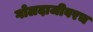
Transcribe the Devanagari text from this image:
गोलदाजीवरच